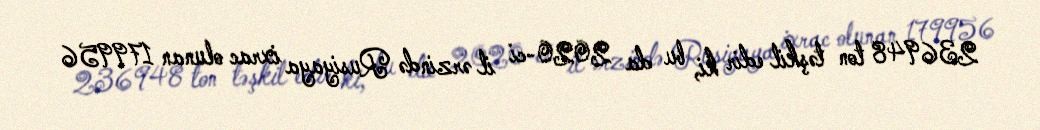
236948 ton təşkil edir ki, bu da 2020-ci il ərzində Rusiyaya ixrac olunan 179956